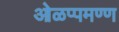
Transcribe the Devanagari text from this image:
ओळप्पमण्ण